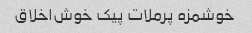
خوشمزه پرملات پیک خوش‌اخلاق